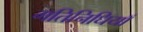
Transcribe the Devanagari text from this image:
गतिनिधियाँ